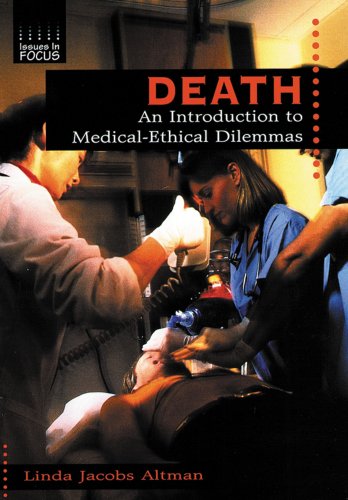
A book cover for Death: An Introduction to Medical-Ethical Dilemmas (Issues in Focus); Linda Jacobs Altman; Teen & Young Adult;